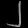
Digit: ၂